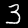
Digit: 3